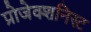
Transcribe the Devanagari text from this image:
प्रोजेक्शनिस्ट